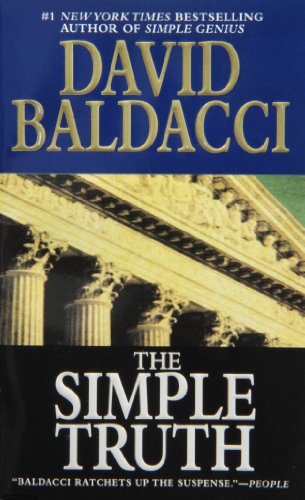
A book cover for The Simple Truth; David Baldacci; Mystery, Thriller & Suspense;